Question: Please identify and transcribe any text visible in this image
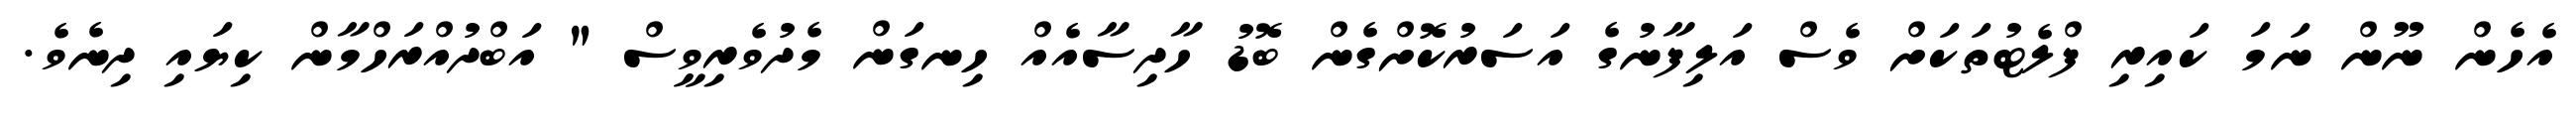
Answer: އެހެން ނޫން ނަމަ ކައިރި ފްލެޓުތަކަށް ވެސް އަލިފާނުގެ އަސަރުކޮށްގެން ބޮޑު ހާދިސާއެއް ހިނގަން މެދުވެރިވީސް " އަބްދުއްރަހްމާން ކިޔައި ދިނެވެ.